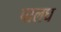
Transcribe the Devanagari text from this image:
पालघ